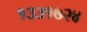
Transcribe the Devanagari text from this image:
१३३१७२४